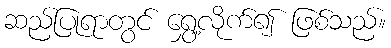
ဆည်ပြုရာတွင် ရွှေ့လိုက်၍ ဖြစ်သည်။